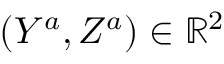
( Y ^ { a } , Z ^ { a } ) \in \mathbb { R } ^ { 2 }